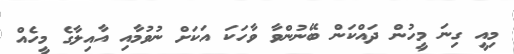
މިއީ ގިނަ މީހުން ދައްކަން ބޭނުންވާ ވާހަކަ އަކަށް ނުވުމާއި އާއިލާގެ މީހެއް